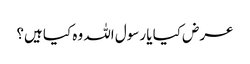
عرض کیا یا رسول اللہ وہ کیا ہیں؟